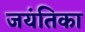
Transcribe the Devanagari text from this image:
जयंतिका